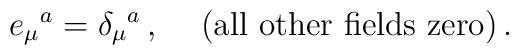
e_\mu{}^a  =  \delta_\mu{}^a\, ,\hskip .5truecm ({\rm all\ other\ fields\ zero})\, .